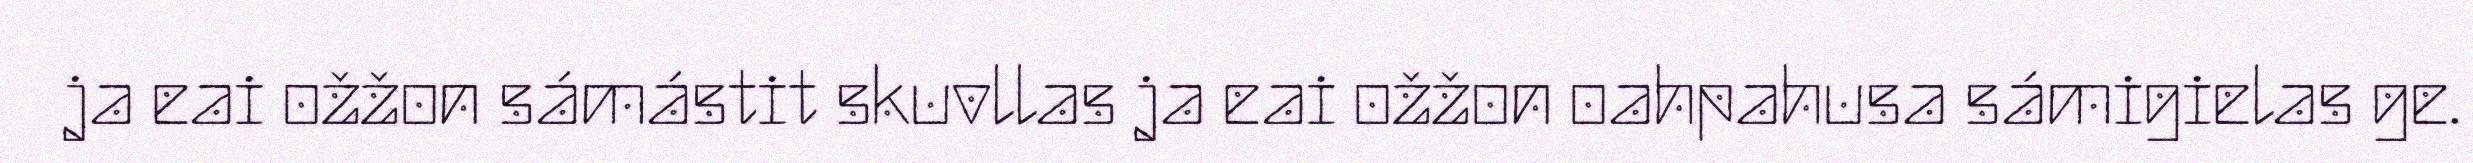
ja eai ožžon sámástit skuvllas ja eai ožžon oahpahusa sámigielas ge.